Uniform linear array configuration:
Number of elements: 24
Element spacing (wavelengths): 0.25
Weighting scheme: kaiser
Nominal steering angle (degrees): -45
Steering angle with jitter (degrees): -46.745
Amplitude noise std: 0.05
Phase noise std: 0.05

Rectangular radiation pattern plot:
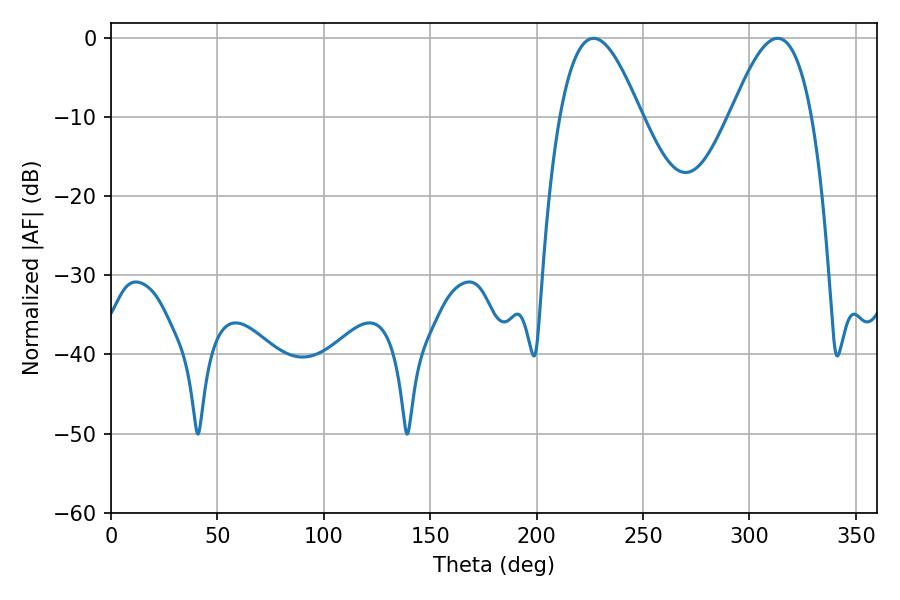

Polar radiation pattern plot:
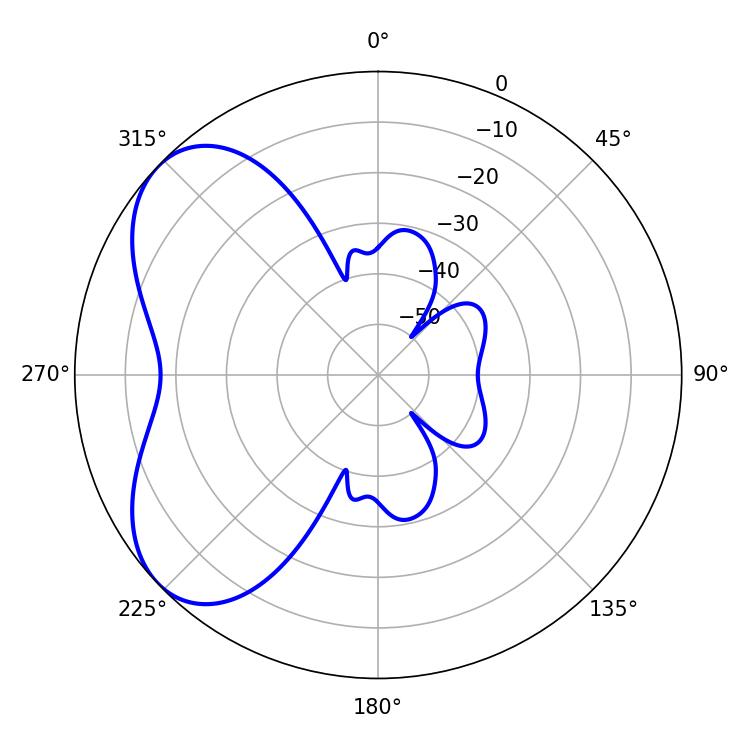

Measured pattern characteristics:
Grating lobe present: FALSE
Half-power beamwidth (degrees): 20.7
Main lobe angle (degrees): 226.8